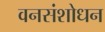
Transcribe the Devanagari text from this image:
वनसंशोधन